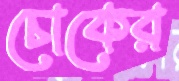
চোকের